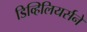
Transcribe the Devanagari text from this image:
डिव्हिलियर्सने